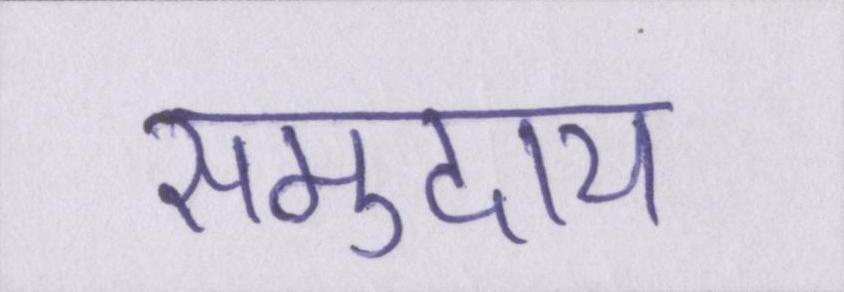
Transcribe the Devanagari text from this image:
समुदाय